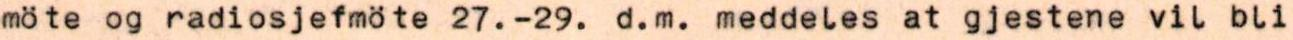
möte og radiosjefmöte 27. -29. d.m. meddeles at gjestene vil bli